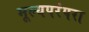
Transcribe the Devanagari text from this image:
मूल्यपरंपरा